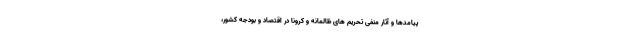
پیامدها و آثار منفی تحریم های ظالمانه و کرونا در اقتصاد و بودجه کشور،